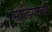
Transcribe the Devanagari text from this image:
सोडियमचा